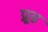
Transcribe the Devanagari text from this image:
प्रूड